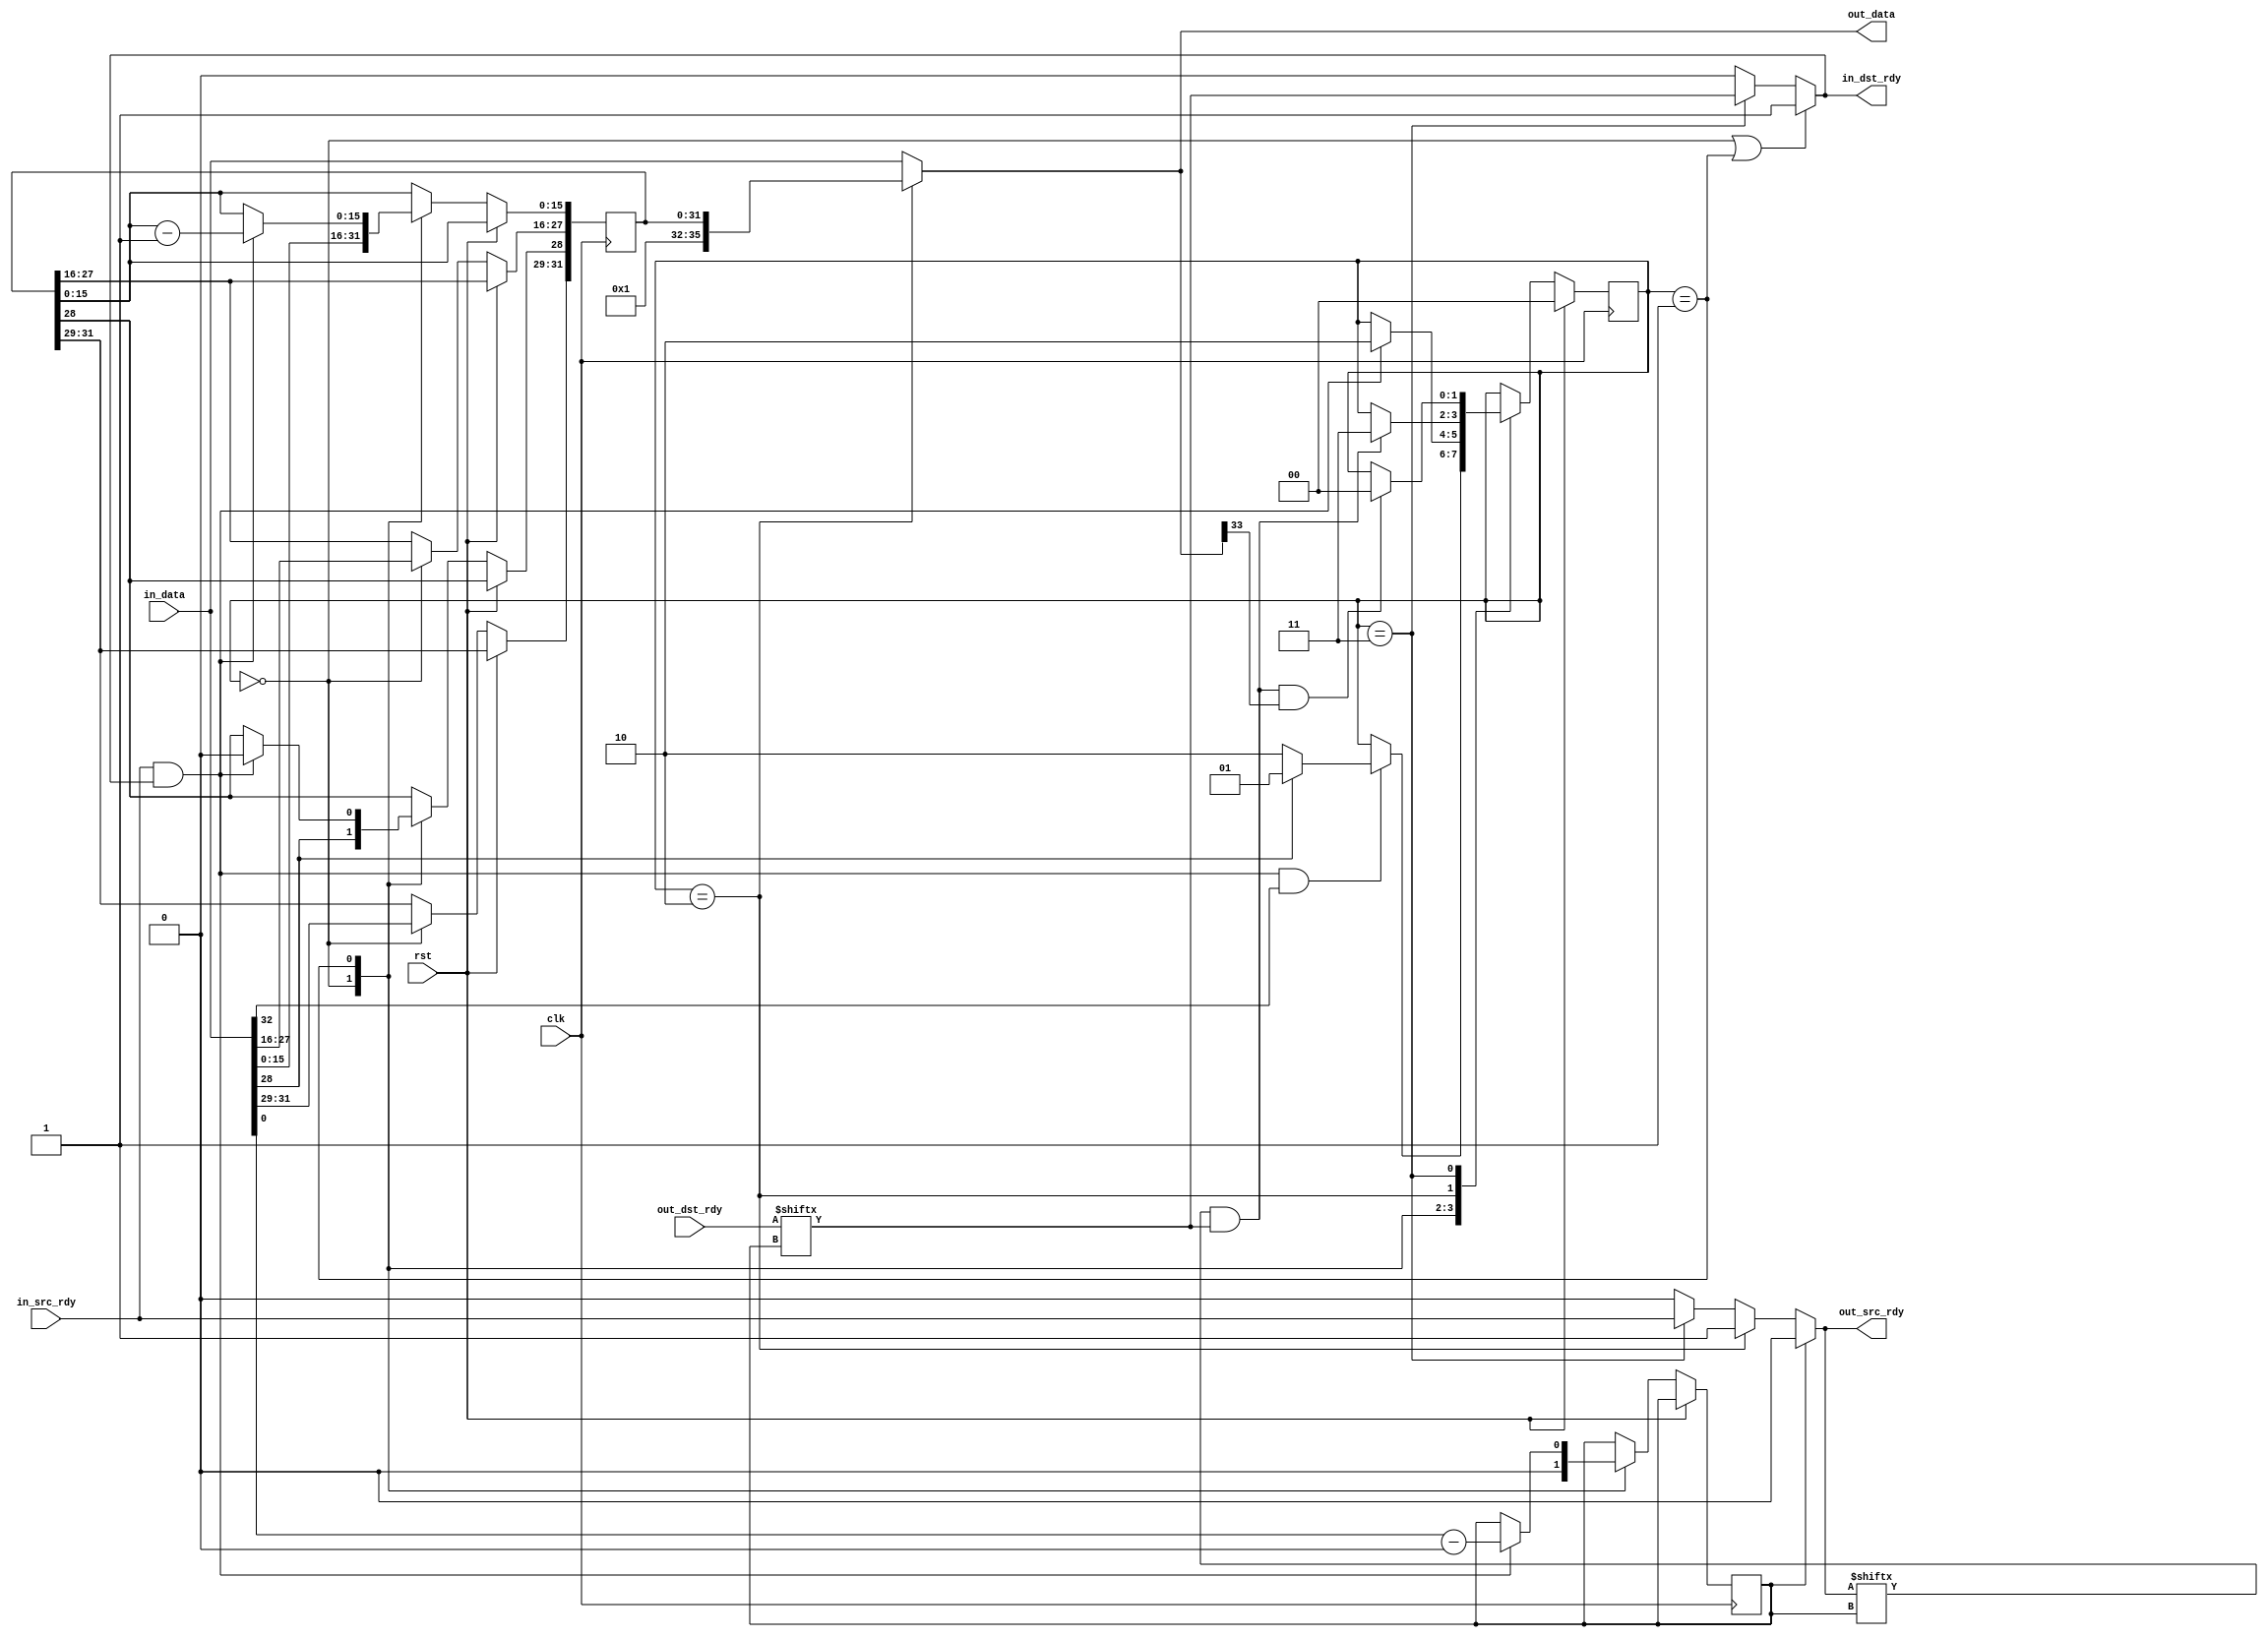
//
// Copyright 2012 Ettus Research LLC
//
// This program is free software: you can redistribute it and/or modify
// it under the terms of the GNU General Public License as published by
// the Free Software Foundation, either version 3 of the License, or
// (at your option) any later version.
//
// This program is distributed in the hope that it will be useful,
// but WITHOUT ANY WARRANTY; without even the implied warranty of
// MERCHANTABILITY or FITNESS FOR A PARTICULAR PURPOSE.  See the
// GNU General Public License for more details.
//
// You should have received a copy of the GNU General Public License
// along with this program.  If not, see <http://www.gnu.org/licenses/>.
//

//demux an input stream based on the SID
//output packet has SID removed from header

module vita_packet_demux36
#(
    parameter NUMCHAN = 1,
    parameter SID_BASE = 0
)
(
    input clk, input rst,

    input [35:0] in_data,
    input in_src_rdy,
    output in_dst_rdy,

    output [35:0] out_data,
    output [NUMCHAN-1:0] out_src_rdy,
    input [NUMCHAN-1:0] out_dst_rdy
);

    reg [1:0] state;
    localparam STATE_WAIT_HDR = 0;
    localparam STATE_PROC_SID = 1;
    localparam STATE_WRITE_HDR = 2;
    localparam STATE_FORWARD = 3;

    reg [31:0] hdr;
    reg [NUMCHAN-1:0] sid;
    wire has_sid = in_data[28];
    reg has_sid_reg;

    wire my_out_dst_rdy = out_dst_rdy[sid];
    wire my_out_src_rdy = out_src_rdy[sid];

    always @(posedge clk) begin
        if (rst) begin
            state <= STATE_WAIT_HDR;
        end
        else case(state)

        STATE_WAIT_HDR: begin
            if (in_src_rdy && in_dst_rdy && in_data[32]) begin
                state <= (has_sid)? STATE_PROC_SID : STATE_WRITE_HDR;
            end
            sid <= 0;
            hdr <= in_data[31:0];
            has_sid_reg <= has_sid;
        end

        STATE_PROC_SID: begin
            if (in_src_rdy && in_dst_rdy) begin
                state <= STATE_WRITE_HDR;
                sid <= in_data[31:0] - SID_BASE;
                hdr[28] <= 1'b0; //clear has sid
                hdr[15:0] <= hdr[15:0] - 1'b1; //subtract a line
            end
        end

        STATE_WRITE_HDR: begin
            if (my_out_src_rdy && my_out_dst_rdy) begin
                state <= STATE_FORWARD;
            end
        end

        STATE_FORWARD: begin
            if (my_out_src_rdy && my_out_dst_rdy && out_data[33]) begin
                state <= STATE_WAIT_HDR;
            end
        end

        endcase //state
    end

    assign out_data = (state == STATE_WRITE_HDR)? {4'b0001, hdr} : in_data;
    wire out_src_rdy_i = (state == STATE_WRITE_HDR)? 1'b1 : ((state == STATE_FORWARD)? in_src_rdy : 1'b0);
    assign in_dst_rdy = (state == STATE_WAIT_HDR || state == STATE_PROC_SID)? 1'b1 : ((state == STATE_FORWARD)? my_out_dst_rdy : 1'b0);

    genvar i;
    generate
    for(i = 0; i < NUMCHAN; i = i + 1) begin:valid_assign
        assign out_src_rdy[i] = (i == sid)? out_src_rdy_i : 1'b0;
    end
    endgenerate

endmodule //vita_packet_demux36